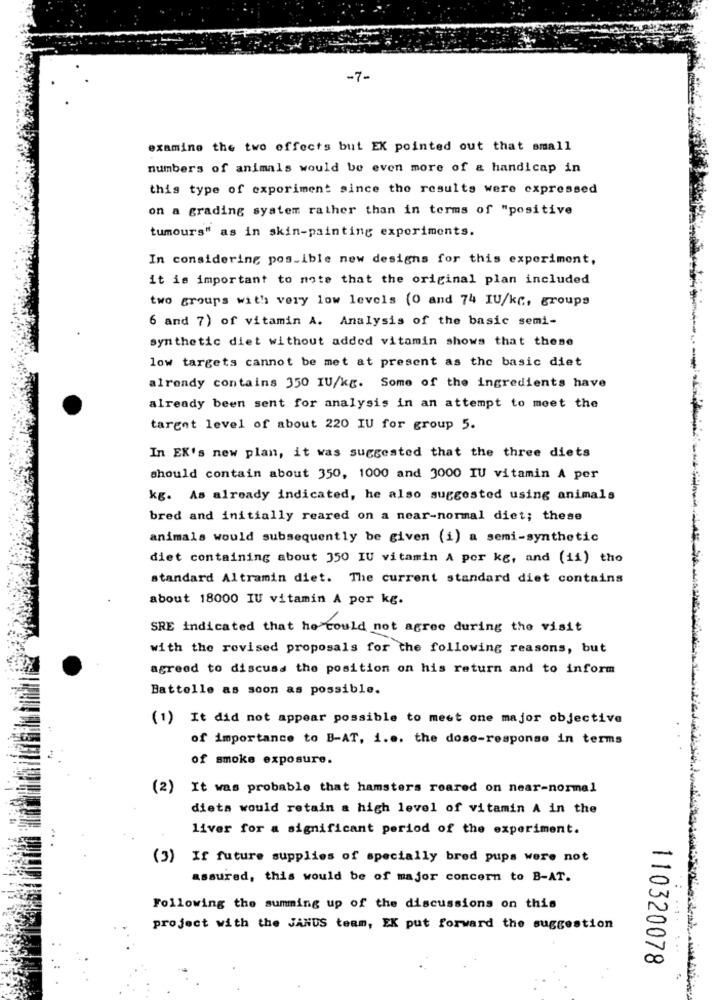
-7-
examine the two effects but EK pointed out that small
numbers of animals would be even more of & handicap in
this type of exporiment since the results were expressed
on a grading system rather than in terms of "positive
tumours" as in skin-painting experiments.
In considering pos_ible new designs for this experiment,
it is important to note that the original plan included
two groups with very low levels (0 and 74 IU/kc, groups
6 and 7) of vitamin A. Analysis of the basic semi-
synthetic diet without added vitamin shows that these
low targets cannot be met at present as the basic diet
-
already contains 350 IU/kg. Some of the ingredients have
already been sent for analysis in an attempt to meet the
target level of about 220 IU for group 5.
In EK's new plan, it was suggested that the three diets
should contain about 350, 1000 and 3000 IU vitamin A per
kg. As already indicated, he also suggested using animals
bred and initially reared on a near-normal diet; these
animals would subsequently be given (i) a semi-synthetic
diet containing about 350 IU vitamin A por kg, and (ii) the
standard Altramin diet. The current standard diet contains
about 18000 IU vitamin A por kg.
SRE indicated that he Could not agree during the visit
with the revised proposals for the following reasons, but
agreed to discuss the position on his return and to inform
Battelle as soon as possible.
(1) It did not appear possible to meet one major objective
of importance to B-AT, i.e. the dose-response in terms
of smoke exposure.
(2) It was probable that hamsters reared on near-normal
dieta would retain a high level of vitamin A in the
liver for a significant period of the experiment.
(3)
If future supplies of specially bred pups were not
assured, this would be of major concern to B-AT.
Following the summing up of the discussions on this
: ....
project with the JANUS team, EX put forward the suggestion
110320078